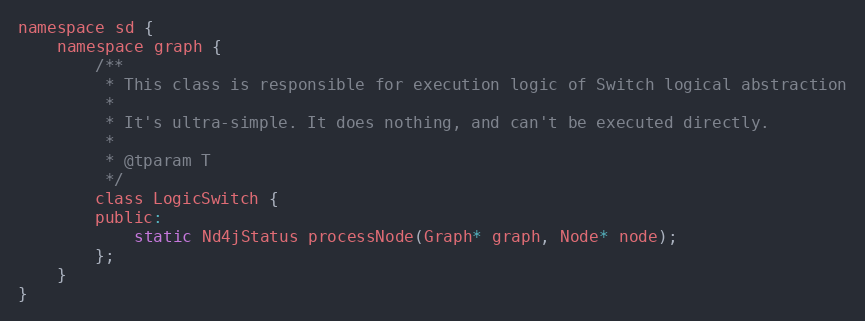
Language: C
namespace sd {
    namespace graph {
        /**
         * This class is responsible for execution logic of Switch logical abstraction
         *
         * It's ultra-simple. It does nothing, and can't be executed directly.
         *
         * @tparam T
         */
        class LogicSwitch {
        public:
            static Nd4jStatus processNode(Graph* graph, Node* node);
        };
    }
}